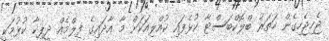
ޖެހިޖެހިގެން ހަތަރު ބްލޮކްބަސްޓާ ކުޅެފައި ކުއްލިއަކަށް މާ އާދައިގެ ފިލްމެއް ދީޕިކާ ކުޅުމަކީ